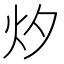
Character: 㶤